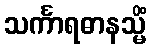
သင်္ကာရဓာနသ္မိံ